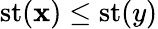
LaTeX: \operatorname{st}(\mathbf{x})\leq\operatorname{st}(y)